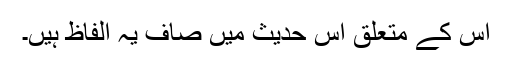
اس کے متعلق اس حدیث میں صاف یہ الفاظ ہیں۔